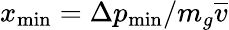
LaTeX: x_{\mathrm{min}}=\Delta p_{\mathrm{min}}/m_{g}\overline{{v}}